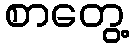
စာတွေ့